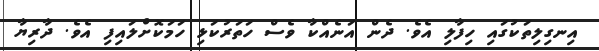
އިނގިލިތަކުގައި ހިފާލި އެވެ. ދެން އަނެއްކާ ވެސް ހަތަރުކަޅި ހަމަކޮށްލައިފި އެވެ. ދާރިޔާ